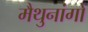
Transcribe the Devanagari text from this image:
मैथुनांगों